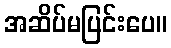
အဆိပ်မပြင်းပေ။